Medical and sanitary report of the native army of Bengal for the year
Year: 1875
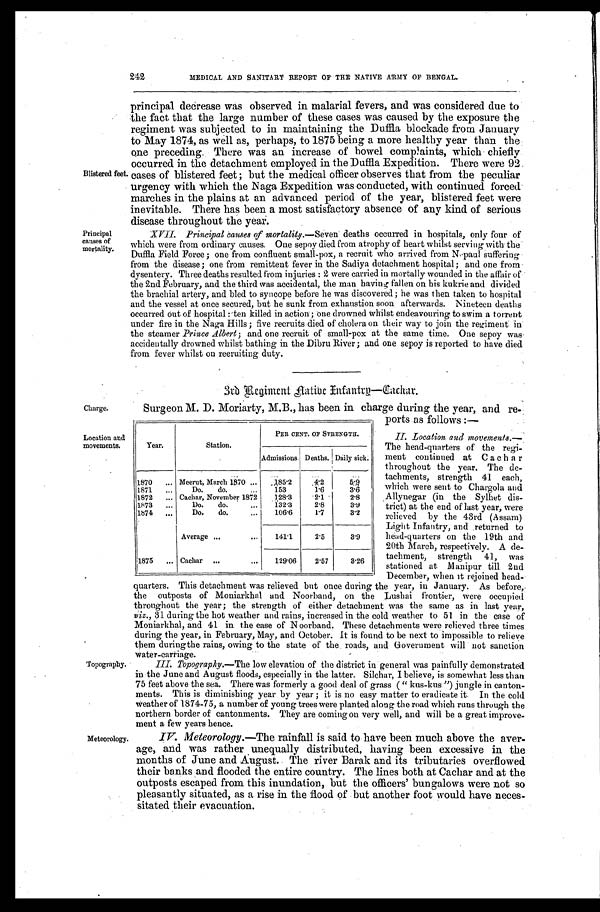
242
MEDICAL AND SANITARY REPORT OF THE NATIVE ARMY OF BENGAL.
Blistered feet.
Principal
causes of
mortality.
principal decrease was observed in malarial fevers, and was considered due to
the fact that the large number of these cases was caused by the exposure the
regiment was subjected to in maintaining the Duffla blockade from January
to May 1874, as well as, perhaps, to 1875 being a more healthy year than the
one preceding. There was an increase of bowel complaints, which chiefly
occurred in the detachment employed in the Duffla Expedition. There were 92
cases of blistered feet; but the medical officer observes that from the peculiar
urgency with which the Naga Expedition was conducted, with continued forced
marches in the plains at an advanced period of the year, blistered feet were
inevitable. There has been a most satisfactory absence of any kind of serious
disease throughout the year.
XVII. Principal causes of mortality. — S e v e n d e a t h s o c c u r r e d i n h o s p i t a l s , o n l y f o u r o f
which were from ordinary causes. One sepoy died from atrophy of heart whilst serving with the
Duffla Field Force; one from confluent small-pox, a recruit who arrived from Nepaul suffering
from the disease; one from remittent fever in the Sadiya detachment hospital; and one from
dysentery. Three deaths resulted from injuries: 2w e r e c a r r i e d i n m o r t a l l y w o u n d e d i n t h e a f f a i r o f
the 2nd February, and the third was accidental, the man having fallen on his kukrie and divided
the brachial artery, and bled to syncope before he was discovered; he was then taken to hospital
and the vessel at once secured, but he sunk from exhaustion soon afterwards. Nineteen deaths
occurred out of hospital: ten killed in action; one drowned whilst endeavouring to swim a torrent
under fire in the Naga Hills; five recruits died of cholera on their way to join the regiment in
the steamer Prince Albert; and one recruit of small-pox at the same time. One sepoy was
accidentally drowned whilst bathing in the Dibru River; and one sepoy is reported to have died
from fever whilst on recruiting duty.
3rd Regiment Native Infantry—Cachar.
Charge.
Location and
movements.
Topography.
Meteorology.
Surgeon M. D. Moriarty, M.B., has been in charge during the year, and re-
ports as follows:—
II. Location and movements.
— The head-quarters of the regi
- m e n t c o n t i n u e d a t C a c h a r
throughout the year. The de
- t a c h m e n t s , s t r e n g t h 4 1 e a c h ,
which were sent to Chargola and
Allynegar (in the Sylhet dis-
trict) at the end of last year, were
relieved by the 43rd (Assam)
Light Infantry, and returned to
head-quarters on the 19th and
20th March, respectively. A de-
tachment, strength 41, was
stationed at Manipur till 2nd
December, when it rejoined head
- q u a r t e r s . T h i s d e t a c h m e n t w a s r e l i e v e d b u t o n c e d u r i n g t h e y e a r , i n J a n u a r y . A s b e f o r e ,
the outposts of Moniarkhal and Noorband, on the Lushai frontier, were occupied
throughout the year; the strength of either detachment was the same as in last year,
viz., 31 during the hot weather and rains, increased in the cold weather to 51 in the case of
Moniarkhal, and 41 in the case of Noorband. These detachments were relieved three times
during the year, in February, May, and October. It is found to be next to impossible to relieve
them during the rains, owing to the state of the . roads, and Government will not sanction
w a t e r - c a r r i a g e .
III Topography.— T he low elevation of the district in general was painfully demonstrated
in the June and August floods, especially in the latter. Silchar, I believe, is somewhat less than
75 feet above the sea. There was formerly a good deal of grass ("kus-kus") jungle in canton-
ments. This is diminishing year by year; it is no easy matter to eradicate it. In the cold
Weather of 1874-75, a number of young trees were planted along the road which runs through the
northern border of cantonments. They are coming on very well, and will be a great improve-
ment a few years hence.
IV. Meteorology.—The rainfall is said to have been much above the aver
- a g e , a n d w a s r a t h e r u n e q u a l l y d i s t r i b u t e d , h a v i n g b e e n e x c e s s i v e i n t h e
months of June and August. The river Barak and its tributaries overflowed
their banks and flooded the entire country. The lines both at Cachar and at the
outposts escaped from this inundation, but the officers' bungalows were not so
pleasantly situated, as a rise in the flood of but another foot would have neces
- s i t a t e d t h e i r e v a c u a t i o n .
Year.
Station.
PER CENT. OF STRENGTH.
Admissions. Deaths.
D a i l y s i c k .
1870
Meerut, March 1870
185.2
4 . 2 5.9
1871
Do. do.
153
1.6
3.6
1872
Cachar, November 1872 128.3
2.1
2.8
1873
Do. do.
132.3
2.8
3.9
1874
Do. do.
106.6
1.7
3.2
Average
141.1
2.5
3.9
1875
Cachar
129.06
2.57
3.26